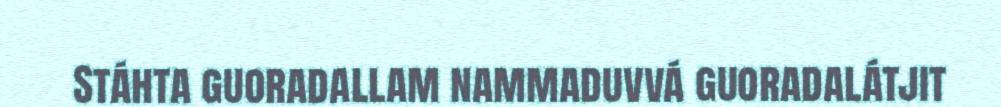
Stáhta guoradallam nammaduvvá guoradalátjit